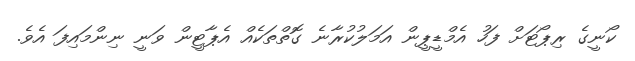
ކޯނީގެ ރިޕޯޓަށް ފަހު އެމްޑީޕީން އަމަލުކުރާނެ ގޮތްތަކެއް އެޕާޓީން ވަނީ ނިންމައިފަ އެވެ.